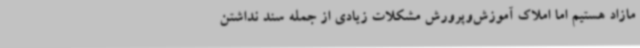
مازاد هستیم اما املاک آموزش‌وپرورش مشکلات زیادی از جمله سند نداشتن